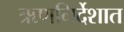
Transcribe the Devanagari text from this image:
ऋणनिर्देशात